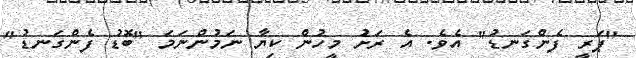
"ޕަރީ ފެންގަނޑު" އެވެ. އެ ރަށު މީހުން ކިޔާ ނަމުންނަމަ "ބޮޑު ފެންގަނޑު"